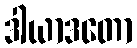
ဒါယာဒတော